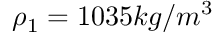
\rho _ { 1 } = 1 0 3 5 k g / m ^ { 3 }